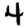
Digit: 4